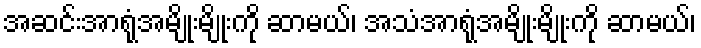
အဆင်းအာရုံအမျိုးမျိုးကို ဆာမယ်၊ အသံအာရုံအမျိုးမျိုးကို ဆာမယ်၊